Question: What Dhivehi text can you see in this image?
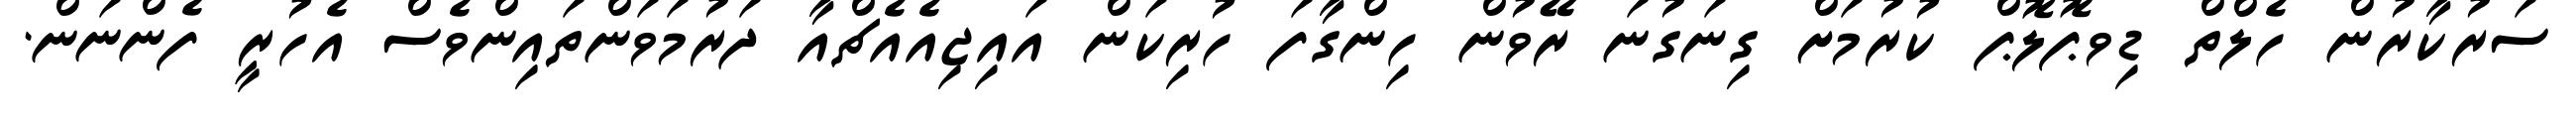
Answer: ސަރުކާރުން ހެލްތް ޑިވޕޮލޮޕް ކުރުމަށް ގިނަގުނަ ރޭވުން ހިންގާފަ ހުރިކަން އައިޖިއެއެޗްއާ ދަރުމަވަންތައިންވެސް އެހުރީ ފެންނަން.